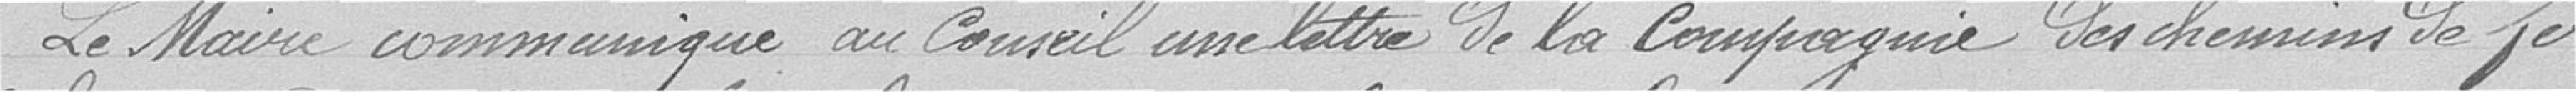
Le Maire communique au Conseil une lettre de la Compagnie des Chemins de Fer